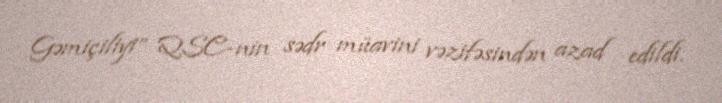
Gəmiçiliyi” QSC-nin sədr müavini vəzifəsindən azad edildi.